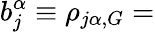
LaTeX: b_{j}^{\alpha}\equiv\rho_{j\alpha,G}=